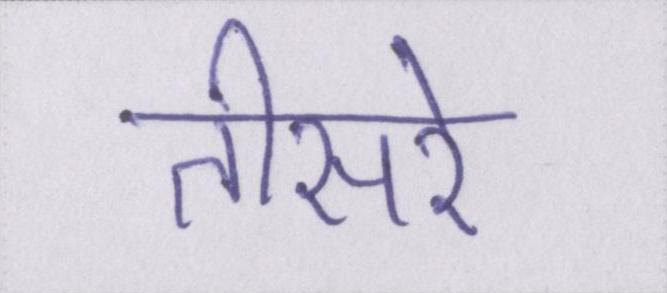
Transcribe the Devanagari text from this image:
तीसरे